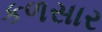
કળસાર